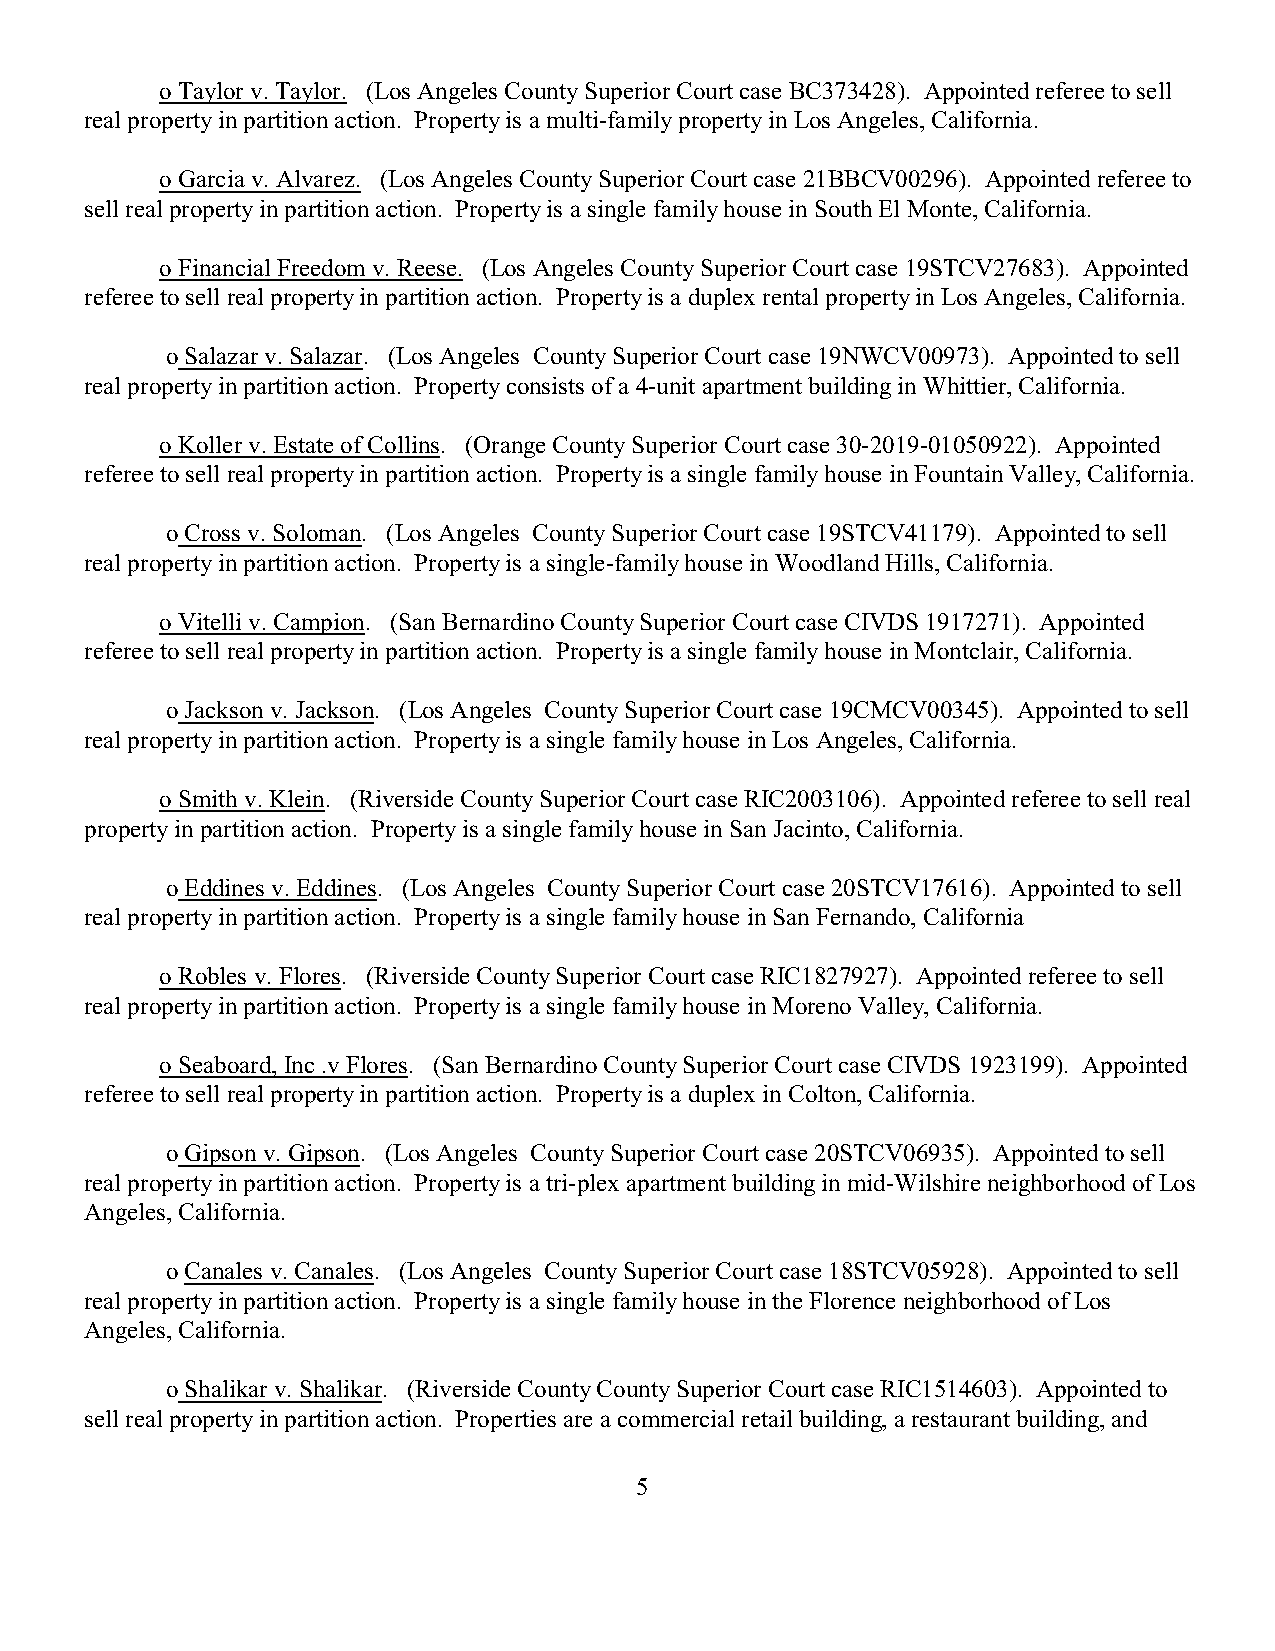
o Taylor v. Taylor. (Los Angeles County Superior Court case BC373428). Appointed referee to sell
 real property in partition action. Property is a multi-family property in Los Angeles, California.
 o Garcia v. Alvarez. (Los Angeles County Superior Court case 21BBCV00296). Appointed referee to
 sell real property in partition action. Property is a single family house in South El Monte, California.
 o Financial Freedom v. Reese. (Los Angeles County Superior Court case 19STCV27683). Appointed
 referee to sell real property in partition action. Property is a duplex rental property in Los Angeles, California.
 o Salazar v. Salazar. (Los Angeles County Superior Court case 19NWCV00973). Appointed to sell
 real property in partition action. Property consists of a 4-unit apartment building in Whittier, California.
 o Koller v. Estate of Collins. (Orange County Superior Court case 30-2019-01050922). Appointed
 referee to sell real property in partition action. Property is a single family house in Fountain Valley, California.
 o Cross v. Soloman. (Los Angeles County Superior Court case 19STCV41179). Appointed to sell
 real property in partition action. Property is a single-family house in Woodland Hills, California.
 o Vitelli v. Campion. (San Bernardino County Superior Court case CIVDS 1917271). Appointed
 referee to sell real property in partition action. Property is a single family house in Montclair, California.
 o Jackson v. Jackson. (Los Angeles County Superior Court case 19CMCV00345). Appointed to sell
 real property in partition action. Property is a single family house in Los Angeles, California.
 o Smith v. Klein. (Riverside County Superior Court case RIC2003106). Appointed referee to sell real
 property in partition action. Property is a single family house in San Jacinto, California.
 o Eddines v. Eddines. (Los Angeles County Superior Court case 20STCV17616). Appointed to sell
 real property in partition action. Property is a single family house in San Fernando, California
 o Robles v. Flores. (Riverside County Superior Court case RIC1827927). Appointed referee to sell
 real property in partition action. Property is a single family house in Moreno Valley, California.
 o Seaboard, Inc .v Flores. (San Bernardino County Superior Court case CIVDS 1923199). Appointed
 referee to sell real property in partition action. Property is a duplex in Colton, California.
 o Gipson v. Gipson. (Los Angeles County Superior Court case 20STCV06935). Appointed to sell
 real property in partition action. Property is a tri-plex apartment building in mid-Wilshire neighborhood of Los
 Angeles, California.
 o Canales v. Canales. (Los Angeles County Superior Court case 18STCV05928). Appointed to sell
 real property in partition action. Property is a single family house in the Florence neighborhood of Los
 Angeles, California.
 o Shalikar v. Shalikar. (Riverside County County Superior Court case RIC1514603). Appointed to
 sell real property in partition action. Properties are a commercial retail building, a restaurant building, and
 5